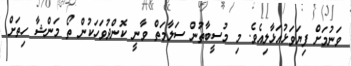
ވަނުމަށް ފިޔަވަޅުއަޅާލިއެވެ. މި މުސީބާތުން ސަލާމަތް ވާނީ ކޮންދުވަހަކުން ތޯ މަންޝާ ހިތަށް